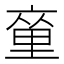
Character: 𨤫